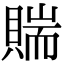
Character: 𧶲